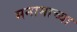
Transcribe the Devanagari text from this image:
मनामाच्या